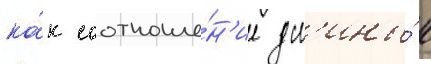
ка́к соотноше́н'ие дл'ины́ к